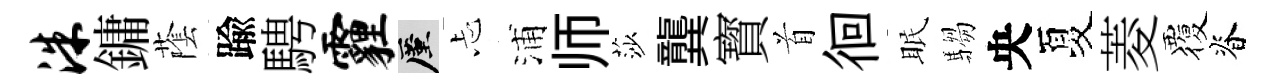
洙鏞䕃踰騁霾厪忐浦师莎龔寳首徊眠騶央夏菱覆脊